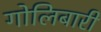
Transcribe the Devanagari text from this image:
गोलिबारी